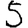
Digit: 5